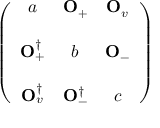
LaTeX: \left( \begin{array} { c c c } { { a } } & { { { \bf O } _ { + } } } & { { { \bf O } _ { v } } } \\ { { } } & { { } } & { { } } \\ { { { \bf O } _ { + } ^ { \dagger } } } & { { b } } & { { { \bf O } _ { - } } } \\ { { } } & { { } } & { { } } \\ { { { \bf O } _ { v } ^ { \dagger } } } & { { { \bf O } _ { - } ^ { \dagger } } } & { { c } } \end{array} \right)